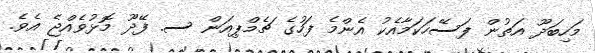
މަހިބަދޫ އަތުން ފަސޭހަކަމާއެކު އެންމެ ފަހުގެ ޗެމްޕިއަން ސ. ފޭދޫ މޮޅުވެއްޖެ އެވެ.